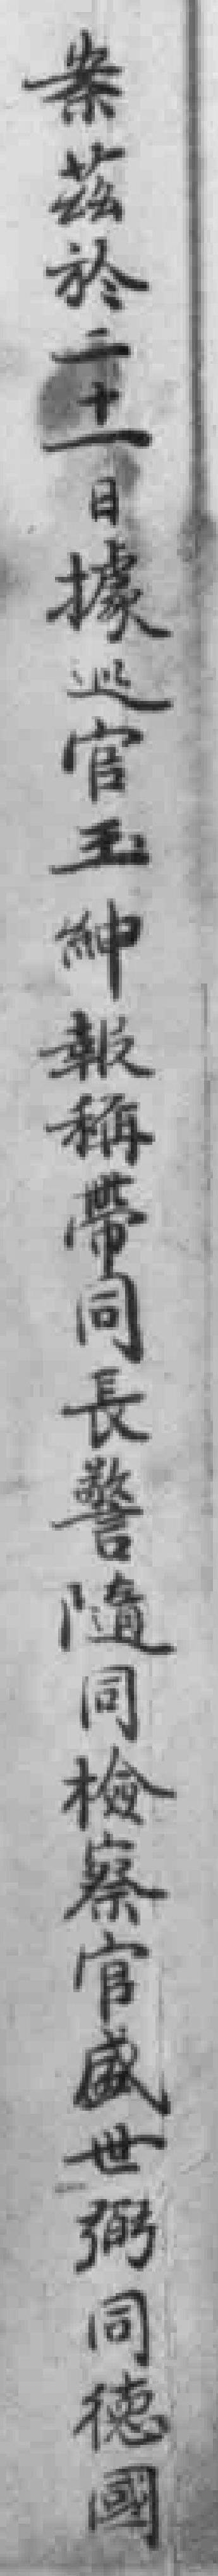
案茲於二十一日據巡官王紳報稱帶同長警隨同檢察官威世弼同德國